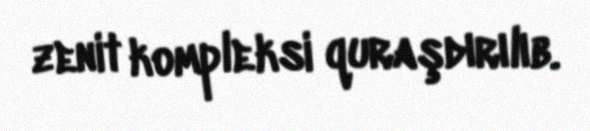
zenit kompleksi quraşdırılıb.